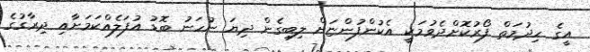
އީގެ ހިދުމަތް ފޯރުކޮށްދެވުމަކީ އެކުންފުންޏަށް ލިބިގެން ދިޔަ ނުހަނު ބޮޑު އުފަލެއްކަމަށާއި ދިރާގުގެ